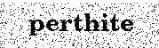
perthite